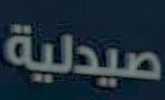
صيدلية